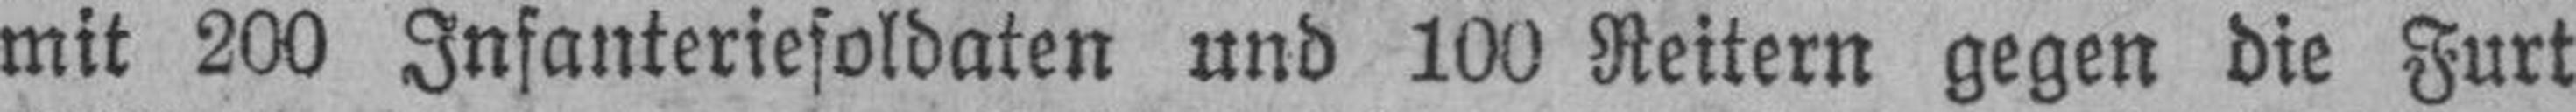
mit 200 Infanteriesoldaten und 100 Reitern gegen die Furt